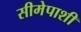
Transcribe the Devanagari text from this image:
सीमेपाशी